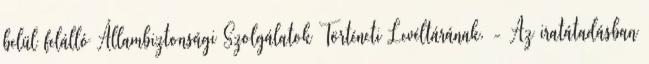
belül felálló Állambiztonsági Szolgálatok Történeti Levéltárának. - Az iratátadásban